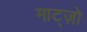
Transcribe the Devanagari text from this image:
माट्ज़ो